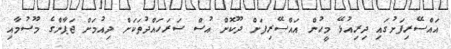
އައްސޭރިފަށުގައި ދިރިއުޅޭ މީހުން އައްސޭރިފަށް ދޫކޮށް އުސް ސަރަހައްދުތަކަށް ދިއުމަށް ޖަޕާންގެ މޫސުމާއި